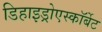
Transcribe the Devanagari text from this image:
डिहाइड्रोएस्कॉर्बेट